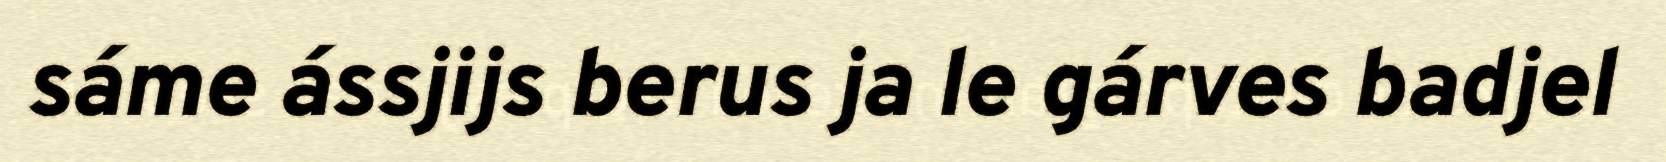
sáme ássjijs berus ja le gárves badjel